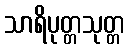
သာရိပုတ္တသုတ္တ